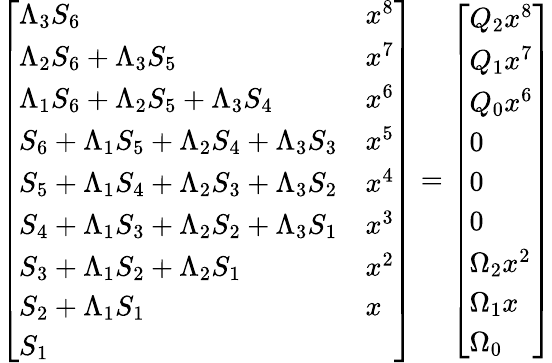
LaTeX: {\left[\begin{array}{ll}{\Lambda_{3}S_{6}}&{x^{8}}\\ {\Lambda_{2}S_{6}+\Lambda_{3}S_{5}}&{x^{7}}\\ {\Lambda_{1}S_{6}+\Lambda_{2}S_{5}+\Lambda_{3}S_{4}}&{x^{6}}\\ {S_{6}+\Lambda_{1}S_{5}+\Lambda_{2}S_{4}+\Lambda_{3}S_{3}}&{x^{5}}\\ {S_{5}+\Lambda_{1}S_{4}+\Lambda_{2}S_{3}+\Lambda_{3}S_{2}}&{x^{4}}\\ {S_{4}+\Lambda_{1}S_{3}+\Lambda_{2}S_{2}+\Lambda_{3}S_{1}}&{x^{3}}\\ {S_{3}+\Lambda_{1}S_{2}+\Lambda_{2}S_{1}}&{x^{2}}\\ {S_{2}+\Lambda_{1}S_{1}}&{x}\\ {S_{1}}\end{array}\right]}={\left[\begin{array}{l}{Q_{2}x^{8}}\\ {Q_{1}x^{7}}\\ {Q_{0}x^{6}}\\ {0}\\ {0}\\ {0}\\ {\Omega_{2}x^{2}}\\ {\Omega_{1}x}\\ {\Omega_{0}}\end{array}\right]}